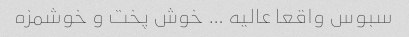
سبوس واقعا عالیه … خوش پخت و خوشمزه